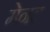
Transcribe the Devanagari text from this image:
मेनट